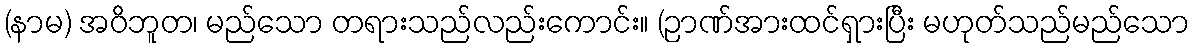
(နာမ) အဝိဘူတ၊ မည်သော တရားသည်လည်းကောင်း။ (ဉာဏ်အားထင်ရှားပြီး မဟုတ်သည်မည်သော